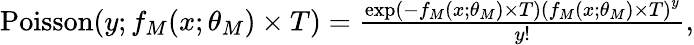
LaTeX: \begin{array}{r}{\textup{Poisson}(y;f_{M}(x;\theta_{M})\times T)=\frac{\exp(-f_{M}(x;\theta_{M})\times T)\left(f_{M}(x;\theta_{M})\times T\right)^{y}}{y!},}\end{array}